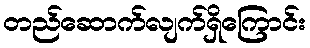
တည်ဆောက်လျက်ရှိကြောင်း